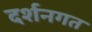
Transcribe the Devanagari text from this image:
दर्शनगत